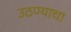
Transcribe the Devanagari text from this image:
उठण्याचा